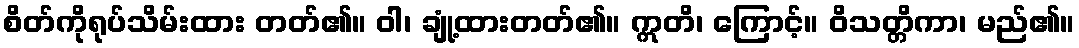
စိတ်ကိုရုပ်သိမ်းထား တတ်၏။ ဝါ၊ ချုံ့ထားတတ်၏။ ဣတိ၊ ကြောင့်။ ဝိသတ္တိကာ၊ မည်၏။